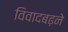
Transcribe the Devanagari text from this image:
विवादबढ़ने